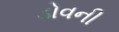
ડોવની